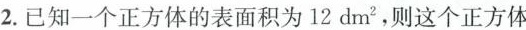
2.已知一个正方体的表面积为 $$12dm^{2},$$ ，则这个正方体